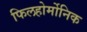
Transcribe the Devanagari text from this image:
फिलहोर्मोनिक